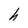
Character: h